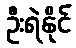
ဦးရဲနိုင်